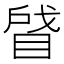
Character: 䁉